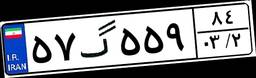
۶۹گ۸۱۳۴۱